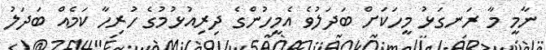
ނާމީ މާ ރަނގަޅު މީހަކަށް ބަދަލުވެ އެމީހުންގެ ދިރިއުޅުމުގެ ހުރިހާ ކަމެއް ބަދަލު